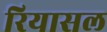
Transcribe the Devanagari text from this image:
रियासल